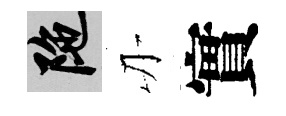
陀刃實